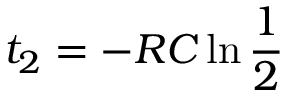
t _ { 2 } = - R C \ln { \frac { 1 } { 2 } }